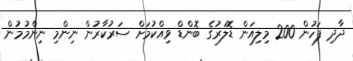
ދާދި ފަހުން 200 މިލިއަން ޑޮލަރުގެ ބޮންޑް ވިއްކުމަށް ސަރުކާރުން ނިންމި ނިންމުމުން